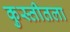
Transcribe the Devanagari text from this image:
कुस्तीतला